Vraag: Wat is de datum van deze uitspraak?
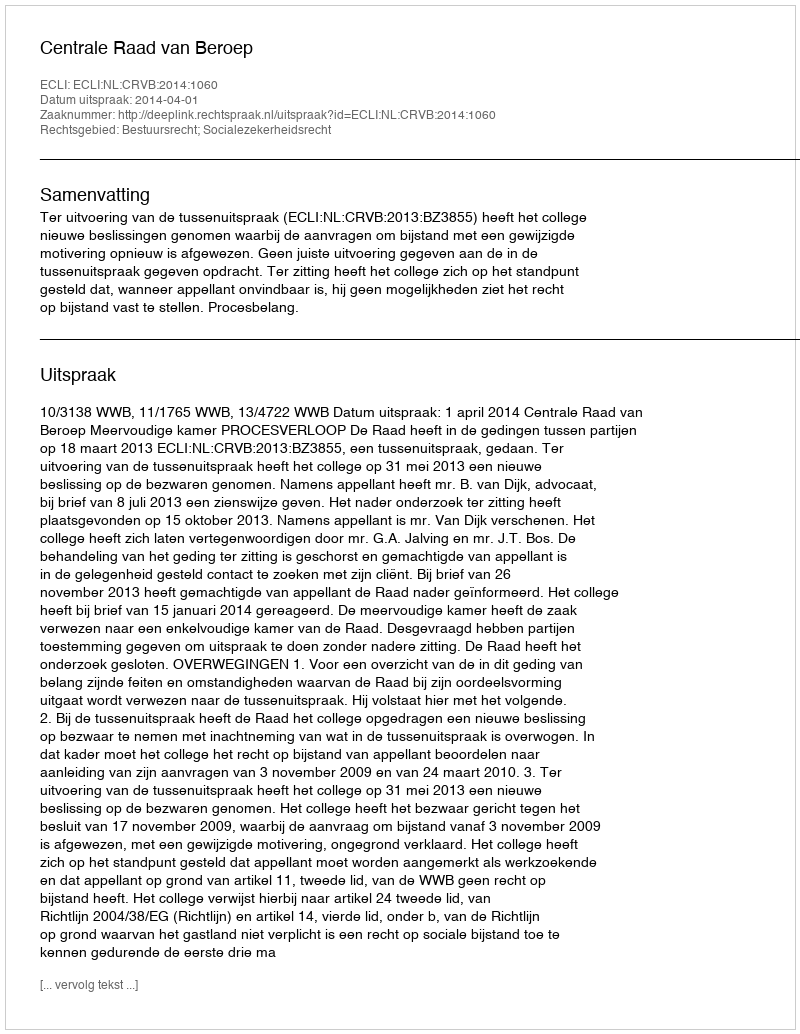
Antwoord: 2014-04-01